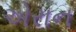
એરાન